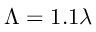
\Lambda = 1 . 1 \lambda